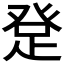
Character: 𤼯